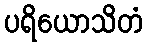
ပရိယောသိတံ